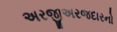
અરજીઅરજદારનો